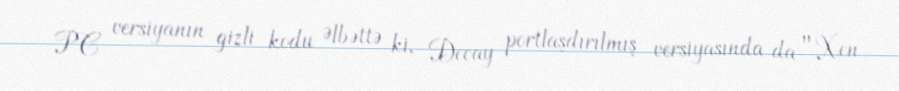
PC versiyanın gizli kodu Əlbəttə ki, Decay portlaşdırılmış versiyasında da "Xen